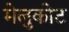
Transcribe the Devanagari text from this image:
मेलुकोट